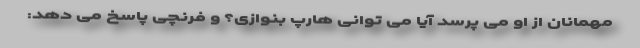
مهمانان از او می پرسد آیا می توانی هارپ بنوازی؟ و فرنچی پاسخ می دهد: